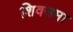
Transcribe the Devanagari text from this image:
शिवउमा